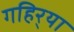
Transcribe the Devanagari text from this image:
गहिर्‍या